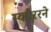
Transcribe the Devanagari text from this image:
स्कोररने